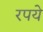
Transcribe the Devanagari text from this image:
रपये